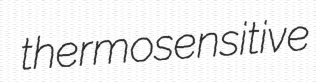
thermosensitive